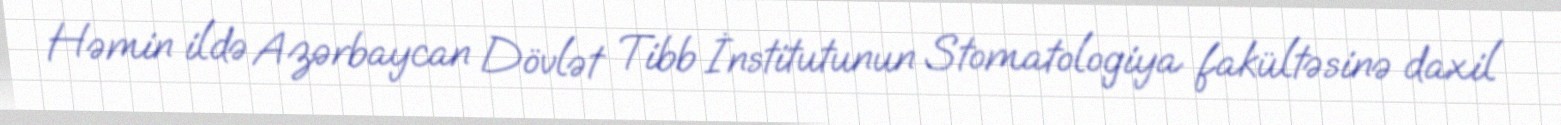
Həmin ildə Azərbaycan Dövlət Tibb İnstitutunun Stomatologiya fakültəsinə daxil